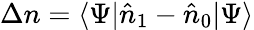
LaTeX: \Delta n=\langle\Psi|\hat{n}_{1}-\hat{n}_{0}|\Psi\rangle